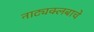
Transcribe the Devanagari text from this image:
नाट्यक्लबाचे